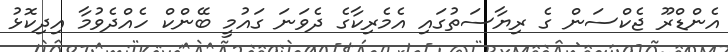
އެންޑްރޫ ޖެކްސަން ގެ ރިޔާސަތުގައި އެމެރިކާގެ ދެވަނަ ގައުމީ ބޭންކް ހެއްދެވުމާ އިދިކޮޅު